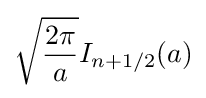
{\sqrt {\frac {2\pi }{a}}}I_{n+1/2}(a)